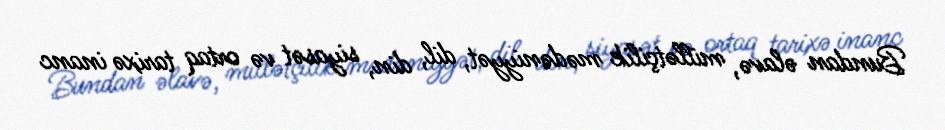
Bundan əlavə, millətçilik mədəniyyət, dil, din, siyasət və ortaq tarixə inanc